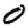
Digit: 0